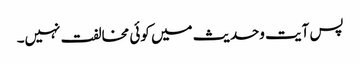
پس آیت وحدیث میں کوئی مخالفت نہیں۔